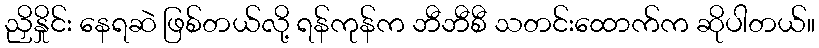
ညှိနှိုင်း နေရဆဲ ဖြစ်တယ်လို့ ရန်ကုန်က ဘီဘီစီ သတင်းထောက်က ဆိုပါတယ်။